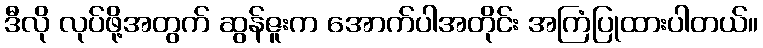
ဒီလို လုပ်ဖို့အတွက် ဆွန်ဇူးက အောက်ပါအတိုင်း အကြံပြုထားပါတယ်။